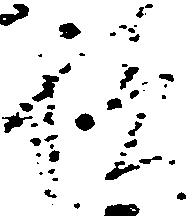
積